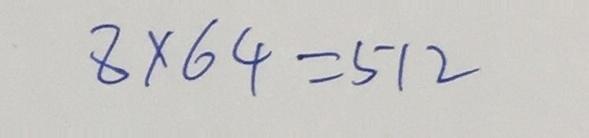
8 \times 6 4 = 5 1 2